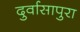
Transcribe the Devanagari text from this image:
दुर्वासापुरा